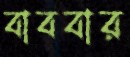
বাববার